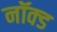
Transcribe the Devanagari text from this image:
नॉक्ड